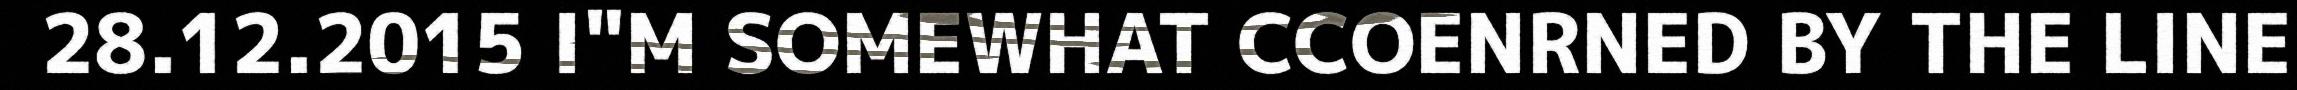
28.12.2015 I"M SOMEWHAT CCOENRNED BY THE LINE